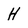
Character: H